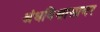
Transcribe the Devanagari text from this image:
अंधविश्वासावर